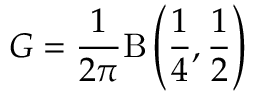
G = { \frac { 1 } { 2 \pi } } \mathrm { B } \left( { \frac { 1 } { 4 } } , { \frac { 1 } { 2 } } \right)